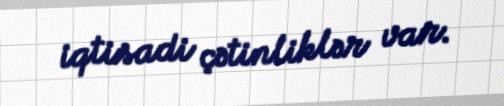
iqtisadi çətinliklər var.